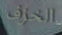
الخزف